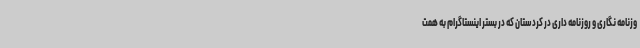
وزنامه نگاری و روزنامه داری در کردستان که در بستر اینستاگرام به همت